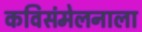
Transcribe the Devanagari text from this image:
कविसंमेलनाला